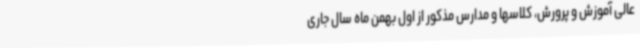
عالی آموزش و پرورش، کلاسها و مدارس مذکور از اول بهمن ماه سال جاری